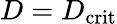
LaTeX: D=D_{\mathrm{crit}}